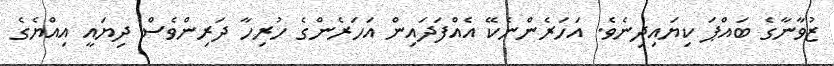
ޒުވާނާގެ ބައްޕަ ކިޔައިދިނެވެ. އަހަރެންނެކޭ އެއްފަދައިން އަހަރެންގެ ހުރިހާ ދަރިންވެސް ދިޔައީ އިއްޔެގެ